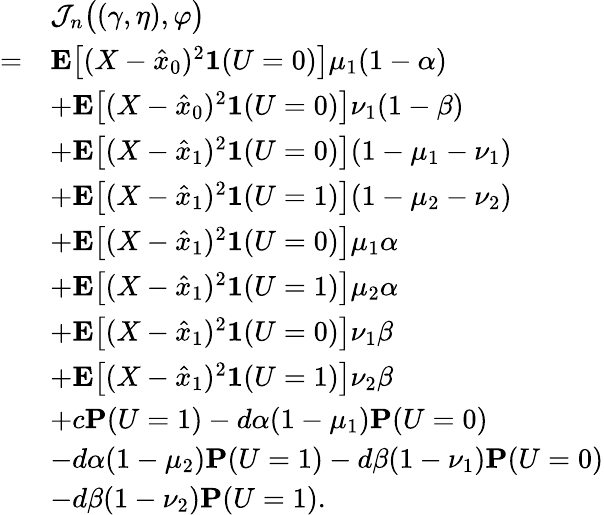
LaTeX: \begin{array}{rl}&{\mathcal{J}_{n}\big((\gamma,\eta),\varphi\big)}\\ {=}&{\mathbf{E}\big[(X-\hat{x}_{0})^{2}\mathbf{1}(U=0)\big]\mu_{1}(1-\alpha)}\\ &{+\mathbf{E}\big[(X-\hat{x}_{0})^{2}\mathbf{1}(U=0)\big]\nu_{1}(1-\beta)}\\ &{+\mathbf{E}\big[(X-\hat{x}_{1})^{2}\mathbf{1}(U=0)\big](1-\mu_{1}-\nu_{1})}\\ &{+\mathbf{E}\big[(X-\hat{x}_{1})^{2}\mathbf{1}(U=1)\big](1-\mu_{2}-\nu_{2})}\\ &{+\mathbf{E}\big[(X-\hat{x}_{1})^{2}\mathbf{1}(U=0)\big]\mu_{1}\alpha}\\ &{+\mathbf{E}\big[(X-\hat{x}_{1})^{2}\mathbf{1}(U=1)\big]\mu_{2}\alpha}\\ &{+\mathbf{E}\big[(X-\hat{x}_{1})^{2}\mathbf{1}(U=0)\big]\nu_{1}\beta}\\ &{+\mathbf{E}\big[(X-\hat{x}_{1})^{2}\mathbf{1}(U=1)\big]\nu_{2}\beta}\\ &{+c\mathbf{P}(U=1)-d\alpha(1-\mu_{1})\mathbf{P}(U=0)}\\ &{-d\alpha(1-\mu_{2})\mathbf{P}(U=1)-d\beta(1-\nu_{1})\mathbf{P}(U=0)}\\ &{-d\beta(1-\nu_{2})\mathbf{P}(U=1).}\end{array}